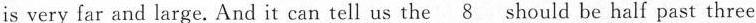
is very far and large.And it can tell us the\underline{8} should be half past three